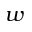
w